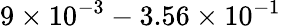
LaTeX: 9\times 10^{-3}-3.56\times 10^{-1}